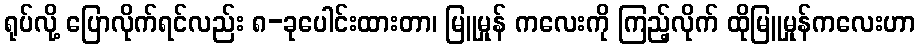
ရုပ်လို့ ပြောလိုက်ရင်လည်း ၈-ခုပေါင်းထားတာ၊ မြူမှုန် ကလေးကို ကြည့်လိုက် ထိုမြူမှုန်ကလေးဟာ